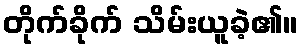
တိုက်ခိုက် သိမ်းယူခဲ့၏။